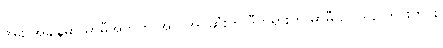
အခု အချိန်မှာ မာမီအတွက် အလိုအပ်ဆုံးက ဒီတရားကို မာမီ ဥပါဒါန် ကင်းကင်း၊